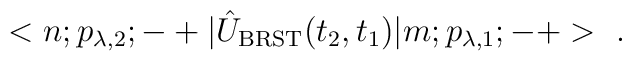
<n;p_{\lambda,2};-+|\hat{U}_{\rm BRST}(t_2,t_1)|m;p_{\lambda,1};-+>\ .